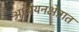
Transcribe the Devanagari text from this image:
अध्ययनक्षेत्रात